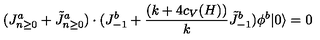
( J _ { n \ge 0 } ^ { a } + \tilde { J } _ { n \ge 0 } ^ { a } ) \cdot ( J _ { - 1 } ^ { b } + { \frac { ( k + 4 c _ { V } ( H ) ) } { k } } \tilde { J } _ { - 1 } ^ { b } ) \phi ^ { b } | 0 \rangle = 0